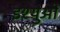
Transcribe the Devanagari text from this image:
इश्युओं